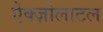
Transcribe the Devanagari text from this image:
ऐक्ज़ोलाटल